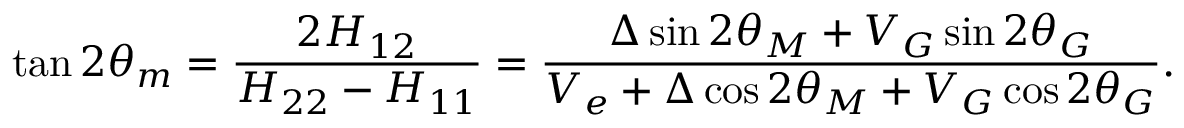
\tan 2 \theta _ { m } = \frac { 2 H _ { 1 2 } } { H _ { 2 2 } - H _ { 1 1 } } = \frac { \Delta \sin { 2 \theta _ { M } } + V _ { G } \sin { 2 \theta _ { G } } } { V _ { e } + \Delta \cos { 2 \theta _ { M } } + V _ { G } \cos { 2 \theta _ { G } } } .